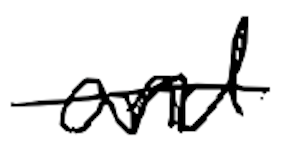
Text: and
Cross-out: single-line
Writing tool: digital_black